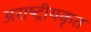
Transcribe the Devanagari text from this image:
अराष्ट्रीयकृत